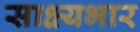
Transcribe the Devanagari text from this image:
साक्ष्यभार